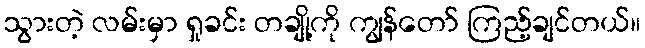
သွားတဲ့ လမ်းမှာ ရှုခင်း တချို့ကို ကျွန်တော် ကြည့်ချင်တယ်။